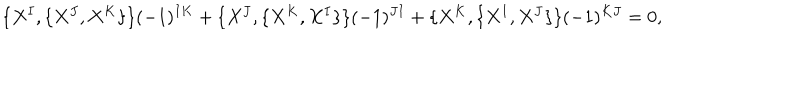
LaTeX: \{ X ^ { I } , \{ X ^ { J } , X ^ { K } \} \} ( - 1 ) ^ { I K } + \{ X ^ { J } , \{ X ^ { K } , X ^ { I } \} \} ( - 1 ) ^ { J I } + \{ X ^ { K } , \{ X ^ { I } , X ^ { J } \} \} ( - 1 ) ^ { K J } = 0 ,